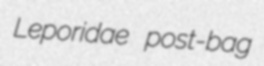
Leporidae post-bag